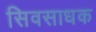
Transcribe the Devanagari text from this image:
सिवसाधक